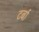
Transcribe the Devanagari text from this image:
टर्बा